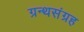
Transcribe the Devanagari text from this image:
ग्रन्थसंग्रह